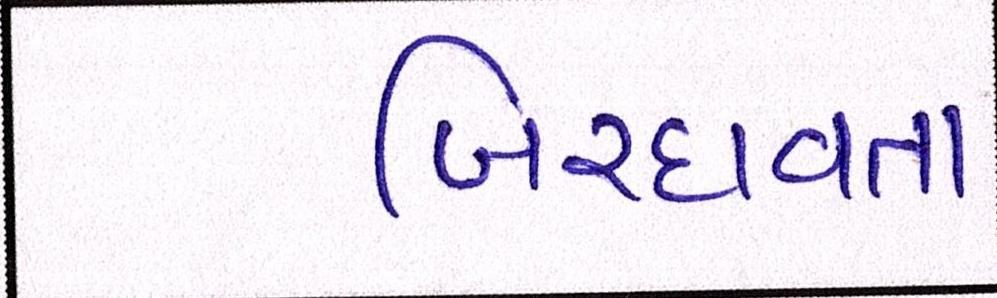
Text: બિરદાવતા